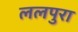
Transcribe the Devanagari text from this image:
ललपुरा